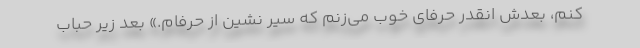
کنم، بعدش انقدر حرفای خوب می‌زنم که سیر نشین از حرفام.» بعد زیر حباب